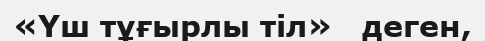
«Үш тұғырлы тіл»   деген,